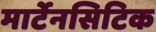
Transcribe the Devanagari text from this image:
मार्टेनसिटिक